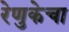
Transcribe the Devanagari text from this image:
रेणुकेचा